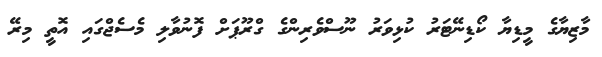
މާޒިޔާގެ މީޑިޔާ ކޯޑިނޭޓަރު ކުޅިވަރު ނޫސްވެރިންގެ ގްރޫޕަށް ފޮނުވާލި މެސެޖްގައި އޮތީ މިރޭ